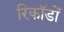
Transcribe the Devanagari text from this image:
रिकॉडों